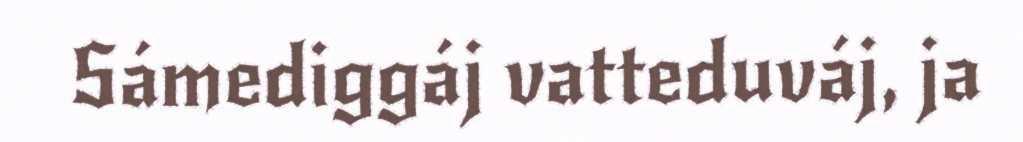
Sámediggáj vatteduváj, ja